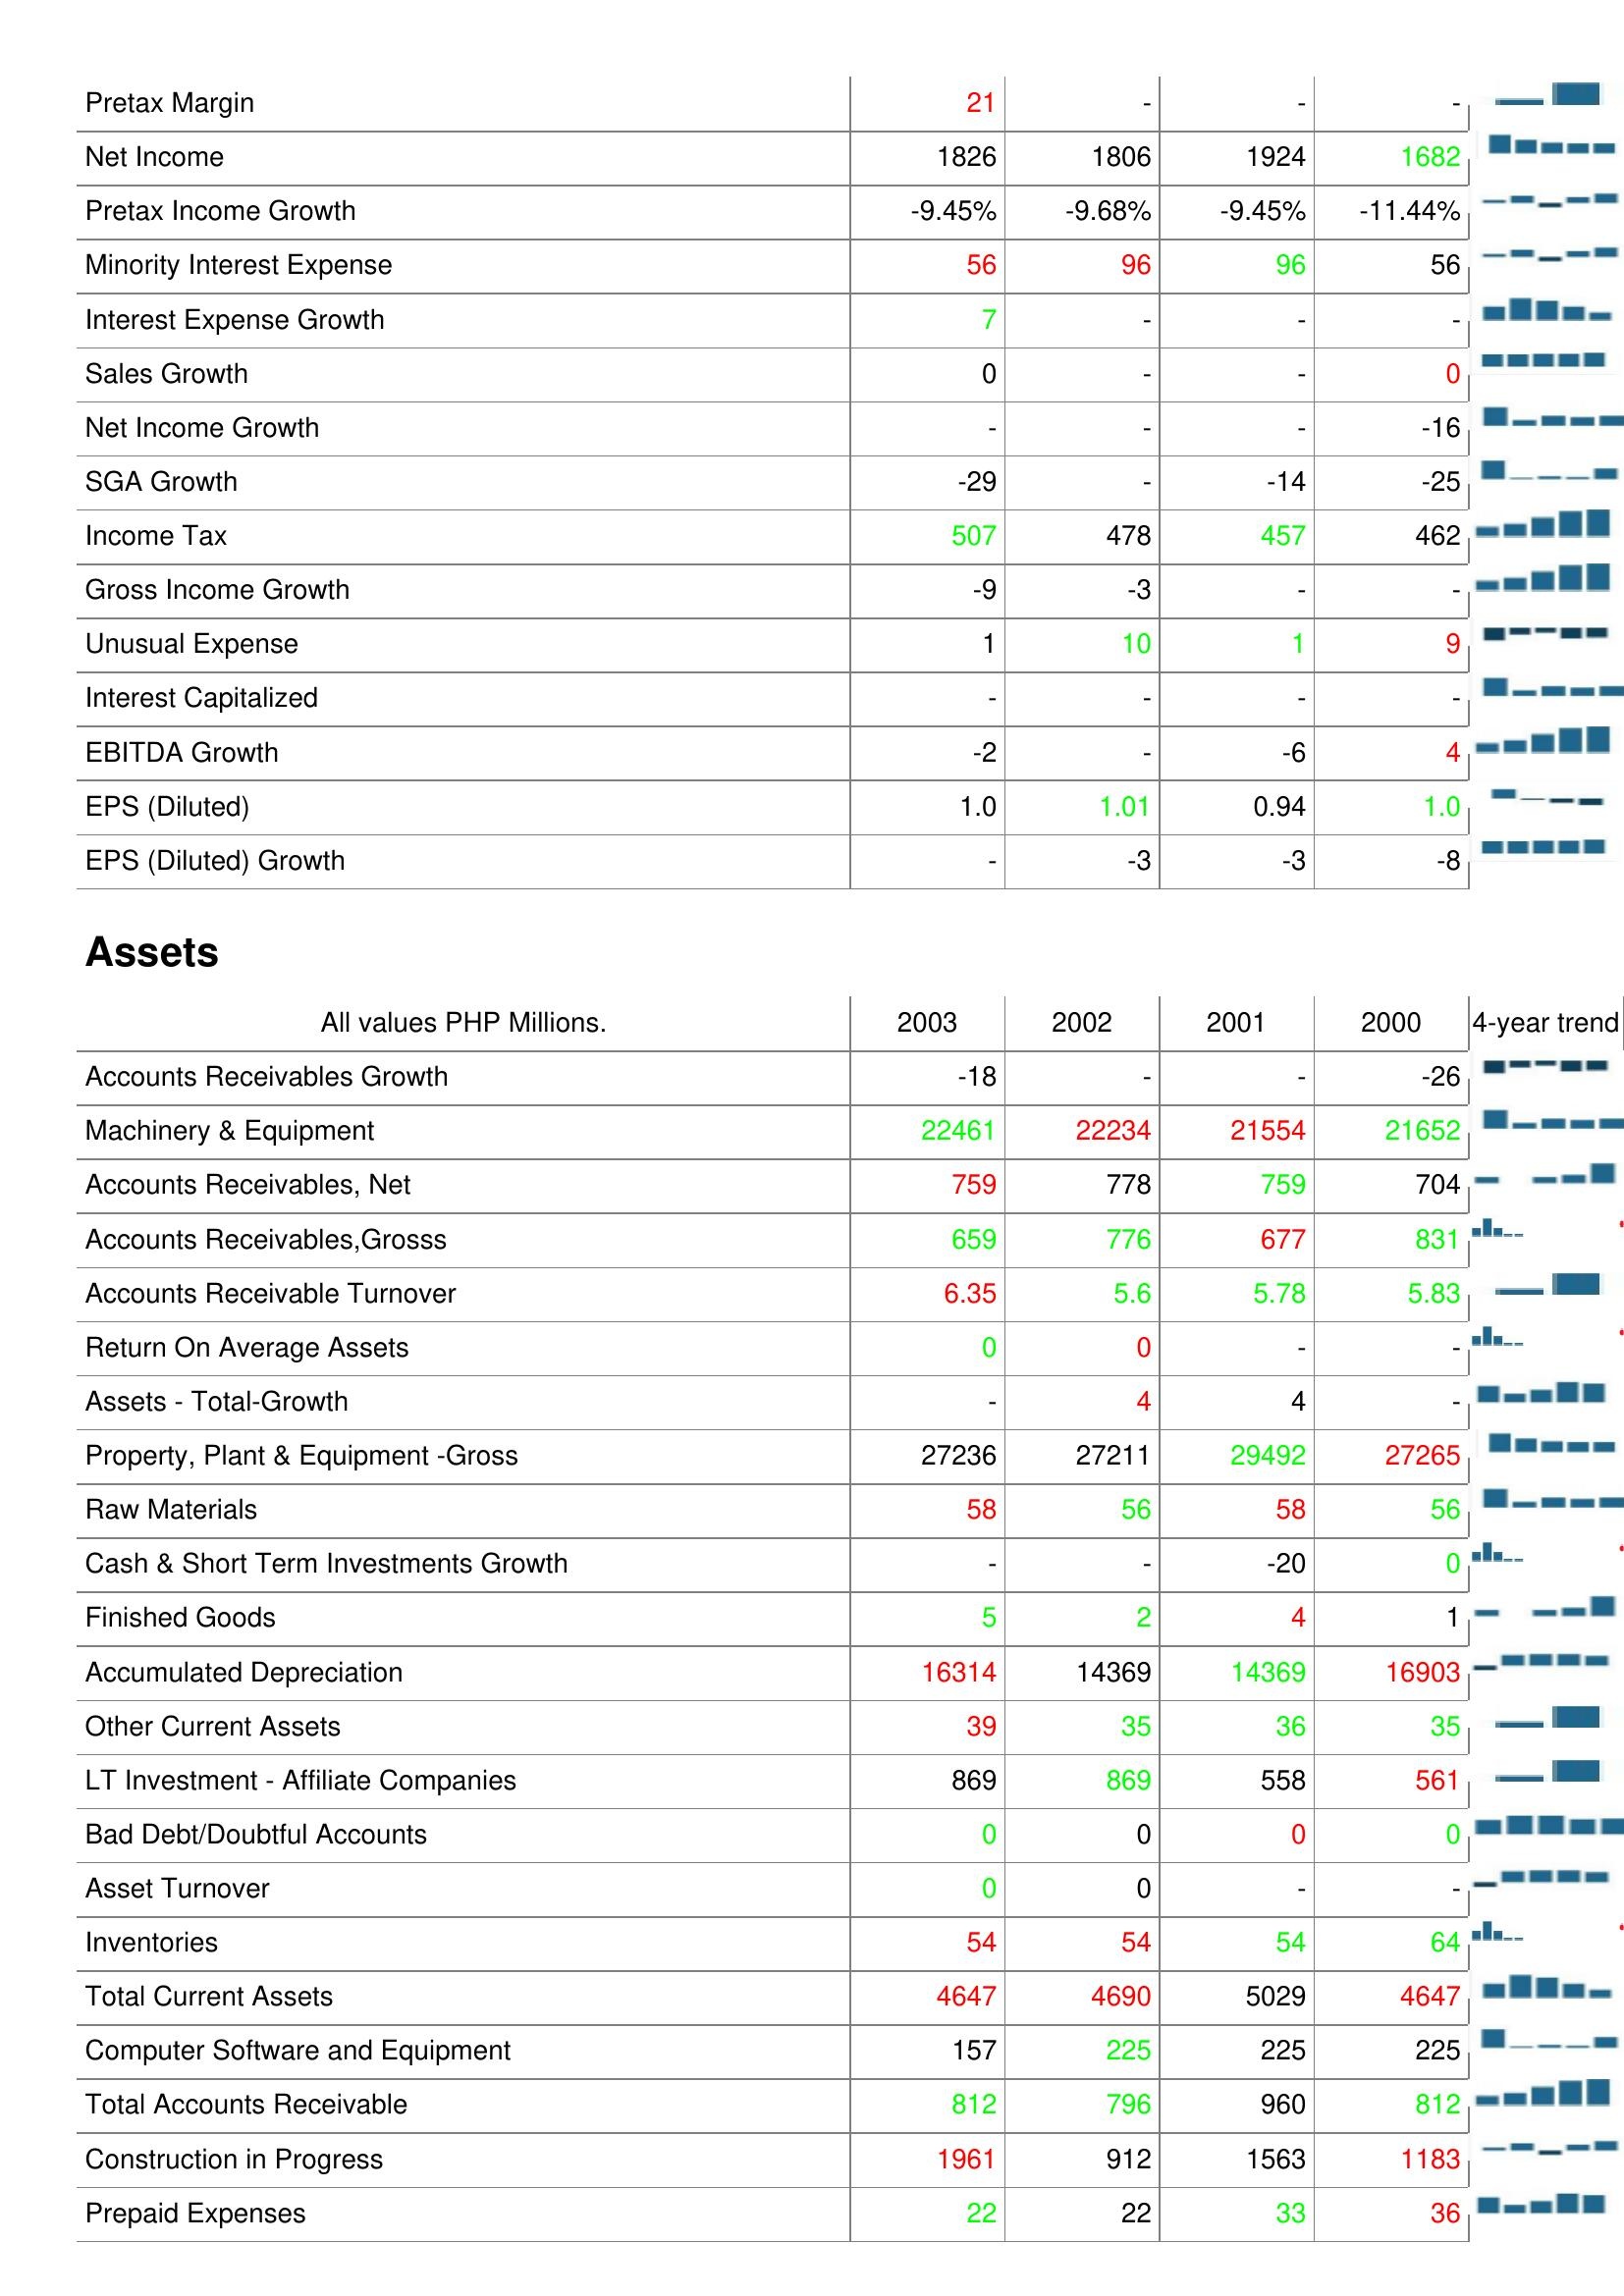
2003: : Pretax Margin: 21
Net Income: 1826
Pretax Income Growth: -9.45%
Minority Interest Expense: 56
Interest Expense Growth: 7
Sales Growth: 0
Net Income Growth: -
SGA Growth: -29
Income Tax: 507
Gross Income Growth: -9
Unusual Expense: 1
Interest Capitalized: -
EBITDA Growth: -2
EPS (Diluted): 1.0
EPS (Diluted) Growth: -
Assets: Accounts Receivables Growth: -18
Machinery & Equipment: 22461
Accounts Receivables, Net: 759
Accounts Receivables,Grosss: 659
Accounts Receivable Turnover: 6.35
Return On Average Assets: 0
Assets - Total-Growth: -
Property, Plant & Equipment -Gross: 27236
Raw Materials: 58
Cash & Short Term Investments Growth: -
Finished Goods: 5
Accumulated Depreciation: 16314
Other Current Assets: 39
LT Investment - Affiliate Companies: 869
Bad Debt/Doubtful Accounts: 0
Asset Turnover: 0
Inventories: 54
Total Current Assets: 4647
Computer Software and Equipment: 157
Total Accounts Receivable: 812
Construction in Progress: 1961
Prepaid Expenses: 22
2002: : Pretax Margin: -
Net Income: 1806
Pretax Income Growth: -9.68%
Minority Interest Expense: 96
Interest Expense Growth: -
Sales Growth: -
Net Income Growth: -
SGA Growth: -
Income Tax: 478
Gross Income Growth: -3
Unusual Expense: 10
Interest Capitalized: -
EBITDA Growth: -
EPS (Diluted): 1.01
EPS (Diluted) Growth: -3
Assets: Accounts Receivables Growth: -
Machinery & Equipment: 22234
Accounts Receivables, Net: 778
Accounts Receivables,Grosss: 776
Accounts Receivable Turnover: 5.6
Return On Average Assets: 0
Assets - Total-Growth: 4
Property, Plant & Equipment -Gross: 27211
Raw Materials: 56
Cash & Short Term Investments Growth: -
Finished Goods: 2
Accumulated Depreciation: 14369
Other Current Assets: 35
LT Investment - Affiliate Companies: 869
Bad Debt/Doubtful Accounts: 0
Asset Turnover: 0
Inventories: 54
Total Current Assets: 4690
Computer Software and Equipment: 225
Total Accounts Receivable: 796
Construction in Progress: 912
Prepaid Expenses: 22
2001: : Pretax Margin: -
Net Income: 1924
Pretax Income Growth: -9.45%
Minority Interest Expense: 96
Interest Expense Growth: -
Sales Growth: -
Net Income Growth: -
SGA Growth: -14
Income Tax: 457
Gross Income Growth: -
Unusual Expense: 1
Interest Capitalized: -
EBITDA Growth: -6
EPS (Diluted): 0.94
EPS (Diluted) Growth: -3
Assets: Accounts Receivables Growth: -
Machinery & Equipment: 21554
Accounts Receivables, Net: 759
Accounts Receivables,Grosss: 677
Accounts Receivable Turnover: 5.78
Return On Average Assets: -
Assets - Total-Growth: 4
Property, Plant & Equipment -Gross: 29492
Raw Materials: 58
Cash & Short Term Investments Growth: -20
Finished Goods: 4
Accumulated Depreciation: 14369
Other Current Assets: 36
LT Investment - Affiliate Companies: 558
Bad Debt/Doubtful Accounts: 0
Asset Turnover: -
Inventories: 54
Total Current Assets: 5029
Computer Software and Equipment: 225
Total Accounts Receivable: 960
Construction in Progress: 1563
Prepaid Expenses: 33
2000: : Pretax Margin: -
Net Income: 1682
Pretax Income Growth: -11.44%
Minority Interest Expense: 56
Interest Expense Growth: -
Sales Growth: 0
Net Income Growth: -16
SGA Growth: -25
Income Tax: 462
Gross Income Growth: -
Unusual Expense: 9
Interest Capitalized: -
EBITDA Growth: 4
EPS (Diluted): 1.0
EPS (Diluted) Growth: -8
Assets: Accounts Receivables Growth: -26
Machinery & Equipment: 21652
Accounts Receivables, Net: 704
Accounts Receivables,Grosss: 831
Accounts Receivable Turnover: 5.83
Return On Average Assets: -
Assets - Total-Growth: -
Property, Plant & Equipment -Gross: 27265
Raw Materials: 56
Cash & Short Term Investments Growth: 0
Finished Goods: 1
Accumulated Depreciation: 16903
Other Current Assets: 35
LT Investment - Affiliate Companies: 561
Bad Debt/Doubtful Accounts: 0
Asset Turnover: -
Inventories: 64
Total Current Assets: 4647
Computer Software and Equipment: 225
Total Accounts Receivable: 812
Construction in Progress: 1183
Prepaid Expenses: 36